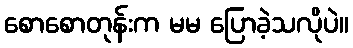
စောစောတုန်းက မမ ပြောခဲ့သလိုပဲ။